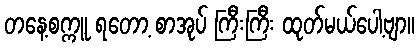
တနေ့စက္ကူ ရတော့ စာအုပ် ကြီးကြီး ထုတ်မယ်ပေါ့ဗျာ။